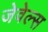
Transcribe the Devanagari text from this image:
जेवेल्स